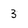
Character: 3